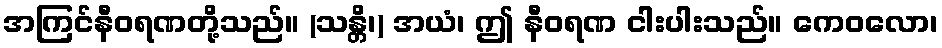
အကြင်နီဝရဏတို့သည်။ (သန္တိ၊) အယံ၊ ဤ နီဝရဏ ငါးပါးသည်။ ကေဝလော၊